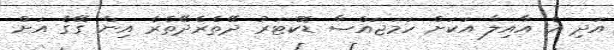
އަދި އެ އާއިލާ އަކަށް ހަމަޖައްސާ ޑޮކްޓަރު ދޭތެރެދޭތެރެ އިން ގޭގެ އަށް